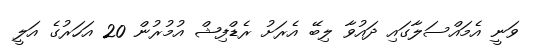
ވަނީ އެމައްސަލާގައި ދައުވާ ލިބޭ އެރަށު ރެޑްފިޝް އުމުރުން 20 އަހަރުގެ އަލީ